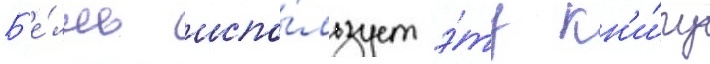
Б'е́лль испо́льзует э́ту кн'и́гу